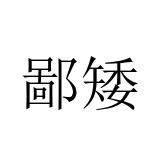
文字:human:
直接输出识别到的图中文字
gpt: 鄙矮